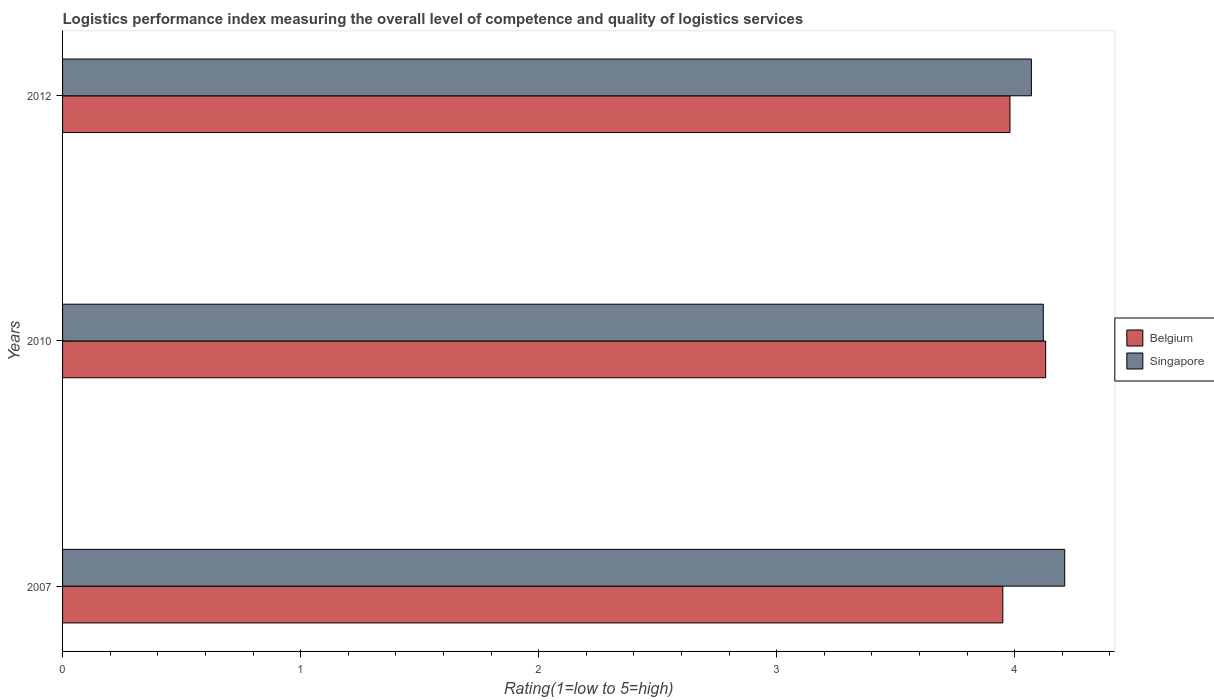
| Years | Belgium | Singapore |
 | --- | --- | --- |
 | 2007 | 3.95 | 4.21 |
 | 2010 | 4.13 | 4.12 |
 | 2012 | 3.98 | 4.07 |